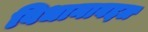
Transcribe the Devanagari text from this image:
विधानाबद्दल